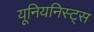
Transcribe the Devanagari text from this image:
यूनियनिस्ट्स